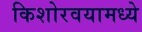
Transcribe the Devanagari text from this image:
किशोरवयामध्ये